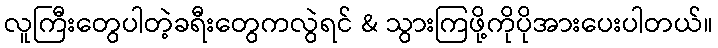
လူကြီးတွေပါတဲ့ခရီးတွေကလွဲရင် & သွားကြဖို့ကိုပိုအားပေးပါတယ်။